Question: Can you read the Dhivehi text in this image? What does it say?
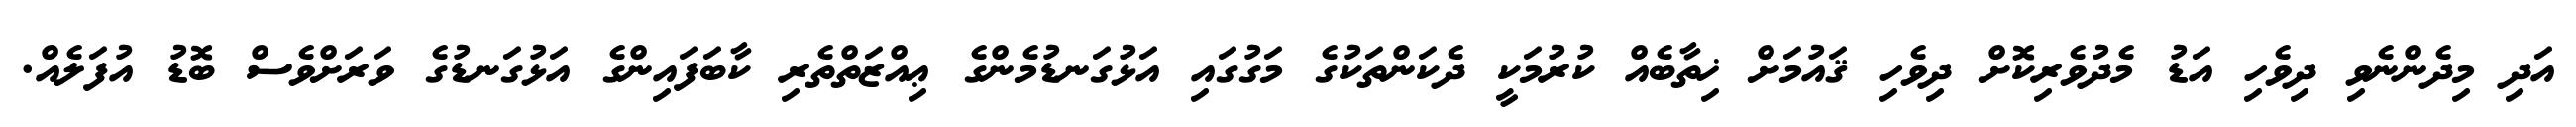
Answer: އަދި މިދެންނެވި ދިވެހި އަޑު މެދުވެރިކޮށް ދިވެހި ޤައުމަށް ޚިތާބެއް ކުރުމަކީ ދެކަންތަކުގެ މަގުގައި އަޅުގަނޑުމެންގެ ޢިއްޒަތްތެރި ކާބަފައިންގެ އަޅުގަނޑުގެ ވަރަށްވެސް ބޮޑު އުފަލެއް.